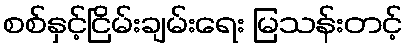
စစ်နှင့်ငြိမ်းချမ်းရေး မြသန်းတင့်